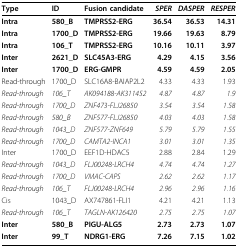
| Type | ID | Fusion candidate | SPER | DASPER | RESPER |
 | --- | --- | --- | --- | --- | --- |
 | Intra | 580_B | TMPRSS2-ERG | 36.54 | 36.53 | 14.31 |
 | Intra | 1700_D | TMPRSS2-ERG | 19.66 | 19.63 | 8.79 |
 | Intra | 106_T | TMPRSS2-ERG | 10.16 | 10.11 | 3.97 |
 | Inter | 2621_D | SLC45A3-ERG | 4.29 | 4.15 | 3.56 |
 | Inter | 1700_D | ERG-GMPR | 4.59 | 4.59 | 2.05 |
 | Read-through | 1700_D | SLC16A8-BAIAP2L2 | 4.33 | 4.33 | 1.93 |
 | Read-through | 106_T | AK094188-AK311452 | 4.87 | 4.87 | 1.9 |
 | Read-through | 1700_D | ZNF473-FLJ26850 | 3.54 | 3.54 | 1.58 |
 | Read-through | 580_B | ZNF577-FLJ26850 | 4.03 | 4.03 | 1.58 |
 | Read-through | 1043_D | ZNF577-ZNF649 | 5.79 | 5.79 | 1.55 |
 | Read-through | 1700_D | CAMTA2-INCA1 | 3.01 | 3.01 | 1.35 |
 | Inter | 1700_D | EEF1D-HDAC5 | 2.88 | 2.84 | 1.29 |
 | Read-through | 1043_D | FLJ00248-LRCH4 | 4.74 | 4.74 | 1.27 |
 | Read-through | 1700_D | VMAC-CAPS | 2.62 | 2.62 | 1.17 |
 | Read-through | 106_T | FLJ00248-LRCH4 | 2.96 | 2.96 | 1.16 |
 | Cis | 1043_D | AX747861-FLI1 | 4.21 | 4.21 | 1.13 |
 | Read-through | 106_T | TAGLN-AK126420 | 2.75 | 2.75 | 1.07 |
 | Inter | 580_B | PIGU-ALG5 | 2.73 | 2.73 | 1.07 |
 | Inter | 99_T | NDRG1-ERG | 7.26 | 7.15 | 1.02 |